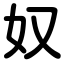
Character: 奴